Vaccination in Burma 1912-1922 - 1912-1922
Year: 1912
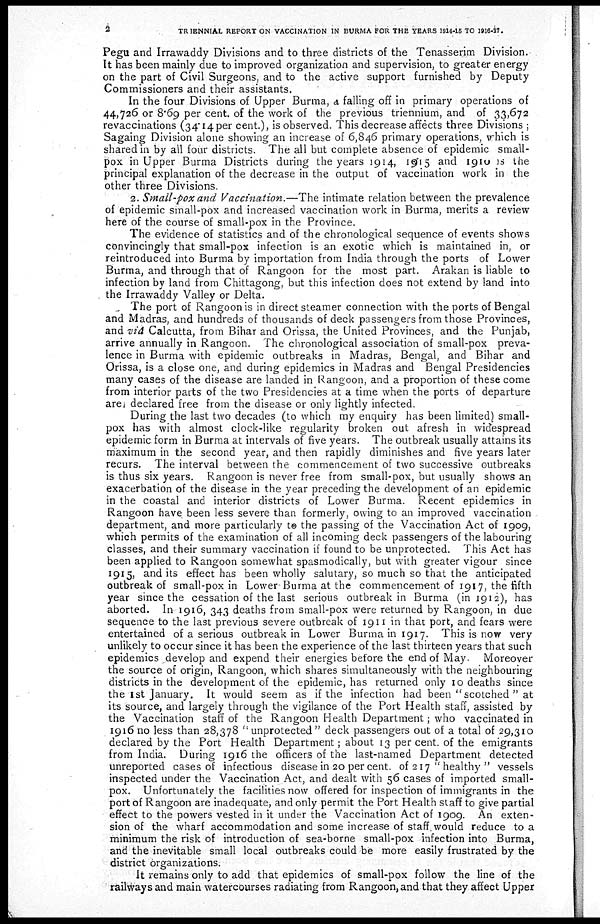
2
TRIENNIAL REPORT ON VACCINATION IN BURMA FOR THE YEARS 1914-15 TO 1916-17.
Pegu and Irrawaddy Divisions and to three districts of the Tenasserim Division.
It has been mainly due to improved organization and supervision, to greater energy
on the part of Civil Surgeons, and to the active support furnished by Deputy
Commissioners and their assistants.
In the four Divisions of Upper Burma, a falling off in primary operations of
44,726 or 8.69 per cent. of the work of the previous triennium, and of 33,672
revaccinations (34.14 per cent.), is observed. This decrease affects three Divisions ;
Sagaing Division alone showing an increase of 6,846 primary operations, which is
shared in by all four districts. The all but complete absence of epidemic small-
pox in Upper Burma Districts during the years 1914, 1915 and 1910 is the
principal explanation of the decrease in the output of vaccination work in the
other three Divisions.
2. Small-pox and Vaccination.—The intimate relation between the prevalence
of epidemic small-pox and increased vaccination work in Burma, merits a review
here of the course of small-pox in the Province.
The evidence of statistics and of the chronological sequence of events shows
convincingly that small-pox infection is an exotic which is maintained in, or
reintroduced into Burma by importation from India through the ports of Lower
Burma, and through that of Rangoon for the most part. Arakan is liable to
infection by land from Chittagong, but this infection does not extend by land into
the Irrawaddy Valley or Delta.
The port of Rangoon is in direct steamer connection with the ports of Bengal
and Madras, and hundreds of thousands of deck passengers from those Provinces,
and viâ Calcutta, from Bihar and Orissa, the United Provinces, and the Punjab,
arrive annually in Rangoon. The chronological association of small-pox preva-
lence in Burma with epidemic outbreaks in Madras, Bengal, and Bihar and
Orissa, is a close one, and during epidemics in Madras and Bengal Presidencies
many cases of the disease are landed in Rangoon, and a proportion of these come
from interior parts of the two Presidencies at a time when the ports of departure
are declared free from the disease or only lightly infected.
During the last two decades (to which my enquiry has been limited) small-
pox has with almost clock-like regularity broken out afresh in widespread
epidemic form in Burma at intervals of five years. The outbreak usually attains its
maximum in the second year, and then rapidly diminishes and five years later
recurs. The interval between the commencement of two successive outbreaks
is thus six years. Rangoon is never free from small-pox, but usually shows an
exacerbation of the disease in the year preceding the development of an epidemic
in the coastal and interior districts of Lower Burma. Recent epidemics in
Rangoon have been less severe than formerly, owing to an improved vaccination
department, and more particularly to the passing of the Vaccination Act of 1909,
which permits of the examination of all incoming deck passengers of the labouring
classes, and their summary vaccination if found to be unprotected. This Act has
been applied to Rangoon somewhat spasmodically, but with greater vigour since
1915, and its effect has been wholly salutary, so much so that the anticipated
outbreak of small-pox in Lower-Burma at the commencement of 1917, the fifth
year since the cessation of the last serious outbreak in Burma (in 1912), has
aborted. In 1916, 343 deaths from small-pox were returned by Rangoon, in due
sequence to the last previous severe outbreak of 1911 in that port, and fears were
entertained of a serious outbreak in Lower Burma in 1917. This is now very
unlikely to occur since it has been the experience of the last thirteen years that such
epidemics develop and expend their energies before the end of May. Moreover
the source of origin, Rangoon, which shares simultaneously with the neighbouring
districts in the development of the epidemic, has returned only 10 deaths since
the 1st January. It would seem as if the infection had been " scotched " at
its source, and largely through the vigilance of the Port Health staff, assisted by
the Vaccination staff of the Rangoon Health Department; who vaccinated in
1916 no less than 28,378 "unprotected" deck passengers out of a total of 29,310
declared by the Port Health Department; about 13 per cent. of the emigrants
from India. During 1916 the officers of the last-named Department detected
unreported cases of infectious disease in 20 per cent. of 217 "healthy " vessels
inspected under the Vaccination Act, and dealt with 56 cases of imported small-
pox. Unfortunately the facilities now offered for inspection of immigrants in the
port of Rangoon are inadequate, and only permit the Port Health staff to give partial
effect to the powers vested in it under the Vaccination Act of 1909. An exten-
sion of the wharf accommodation and some increase of staff would reduce to a
minimum the risk of introduction of sea-borne small-pox infection into Burma,
and the inevitable small local outbreaks could be more easily frustrated by the
district organizations.
It remains only to add that epidemics of small-pox follow the line of the
railways and main watercourses radiating from Rangoon, and that they affect Upper